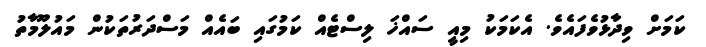
ކަމަށް ވިދާޅުވެފައެވެ. އެކަމަކު މިއީ ސައްޚަ ލިސްޓެއް ކަމުގައި ބައެއް މަސްދަރުތަކުން މައުލޫމާތު